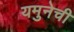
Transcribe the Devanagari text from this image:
यमुनेची